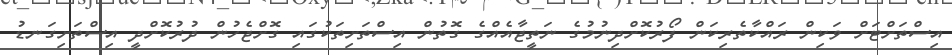
އިސްތަށްޓަށް ވަކިން ރައްކާތެރިކަން ފޯރުކޮށްދިނުމުގެ ނަތީޖާއެއްގެ ގޮތުން އިސްތަށިތަކުގައި ގޮށްޖެހުން ދުރުކޮށްދީ އިސްތަށިގަނޑު